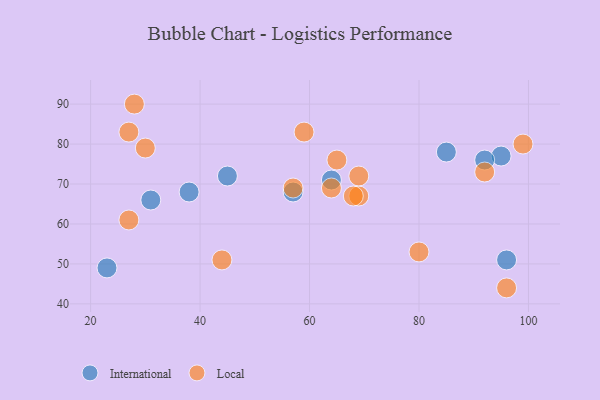
{"axis": {"x": "GDP", "y": "Life Expectancy"}, "legend": ["International", "Local"], "data": [{"x": "31", "y": 66, "type": "International"}, {"x": "45", "y": 72, "type": "International"}, {"x": "96", "y": 51, "type": "International"}, {"x": "95", "y": 77, "type": "International"}, {"x": "64", "y": 71, "type": "International"}, {"x": "38", "y": 68, "type": "International"}, {"x": "23", "y": 49, "type": "International"}, {"x": "57", "y": 68, "type": "International"}, {"x": "92", "y": 76, "type": "International"}, {"x": "85", "y": 78, "type": "International"}, {"x": "30", "y": 79, "type": "Local"}, {"x": "65", "y": 76, "type": "Local"}, {"x": "92", "y": 73, "type": "Local"}, {"x": "69", "y": 67, "type": "Local"}, {"x": "57", "y": 69, "type": "Local"}, {"x": "28", "y": 90, "type": "Local"}, {"x": "99", "y": 80, "type": "Local"}, {"x": "69", "y": 72, "type": "Local"}, {"x": "68", "y": 67, "type": "Local"}, {"x": "44", "y": 51, "type": "Local"}, {"x": "59", "y": 83, "type": "Local"}, {"x": "64", "y": 69, "type": "Local"}, {"x": "27", "y": 61, "type": "Local"}, {"x": "27", "y": 83, "type": "Local"}, {"x": "80", "y": 53, "type": "Local"}, {"x": "96", "y": 44, "type": "Local"}]}